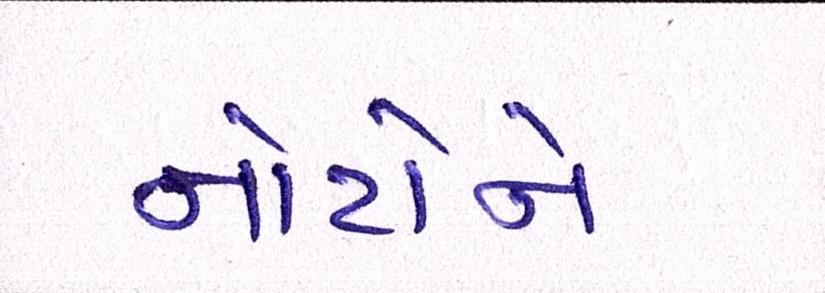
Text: નોટોને